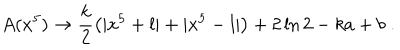
A ( x ^ { 5 } ) \rightarrow \frac { k } { 2 } \left( | x ^ { 5 } + l | + | x ^ { 5 } - l | \right) + 2 \ln 2 - k a + b \; .